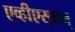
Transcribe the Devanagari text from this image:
एव्हीएस्एम्